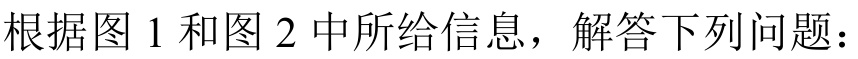
根据图 1 和图 2 中所给信息，解答下列问题：